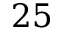
2 5